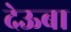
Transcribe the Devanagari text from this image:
देऊबा